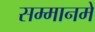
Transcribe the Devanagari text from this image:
सम्मानमें